Leaving Certificate Examination (including Day School Certificate (Higher) General paper), 1931
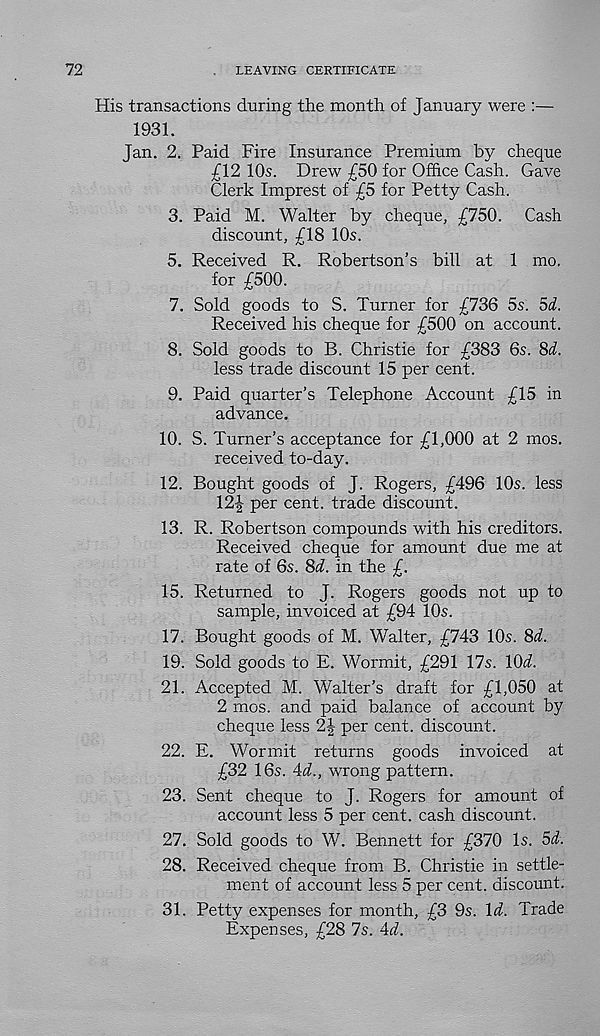
72
LEAVING CERTIFICATE
His transactions during the month of January were :—
1931.
Jan. 2. Paid Fire Insurance Premium by cheque
£12 10s. Drew £50 for Office Cash. Gave
Clerk Imprest of £5 for Petty Cash.
3. Paid M. Walter by cheque, £750. Cash
discount, £18 10s.
5. Received R. Robertson’s bill at 1 mo.
for £500.
7. Sold goods to S. Turner for £736 5s. 5<f.
Received his cheque for £500 on account.
8. Sold goods to B. Christie for £383 6s. 8d.
less trade discount 15 per cent.
9. Paid quarter’s Telephone Account £15 in
advance.
10. S. Turner’s acceptance for £1,000 at 2 mos.
received to-day.
12. Bought goods of J. Rogers, £496 10s. less
12| per cent, trade discount.
13. R. Robertson compounds with his creditors.
Received cheque for amount due me at
rate of 6s. 8d. in the £.
15. Returned to J. Rogers goods not up to
sample, invoiced at £94 10s.
17. Bought goods of M. Walter, £743 10s. 8d.
19. Sold goods to E. Wormit, £291 17s. 10<1
21. Accepted M. Walter’s draft for £1,050 at
2 mos. and paid balance of account by
cheque less 2J per cent, discount.
22. E. Wormit returns goods invoiced at
£32 16s. 4d., wrong pattern.
23. Sent cheque to J. Rogers for amount of
account less 5 per cent, cash discount.
27. Sold goods to W. Bennett for £370 Is. 5d.
28. Received cheque from B. Christie in settle-
ment of account less 5 per cent, discount.
31. Petty expenses for month, £3 9s. Id. Trade
Expenses, £28 7s. 4d.